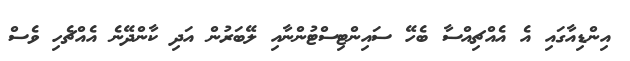
އިންޑިއާގައި އެ އެއްޗިއްސާ ބެހޭ ސައިންޓިސްޓުންނާއި ލޭބަރުން އަދި ކާންދޭނެ އެއްޗެހި ވެސް